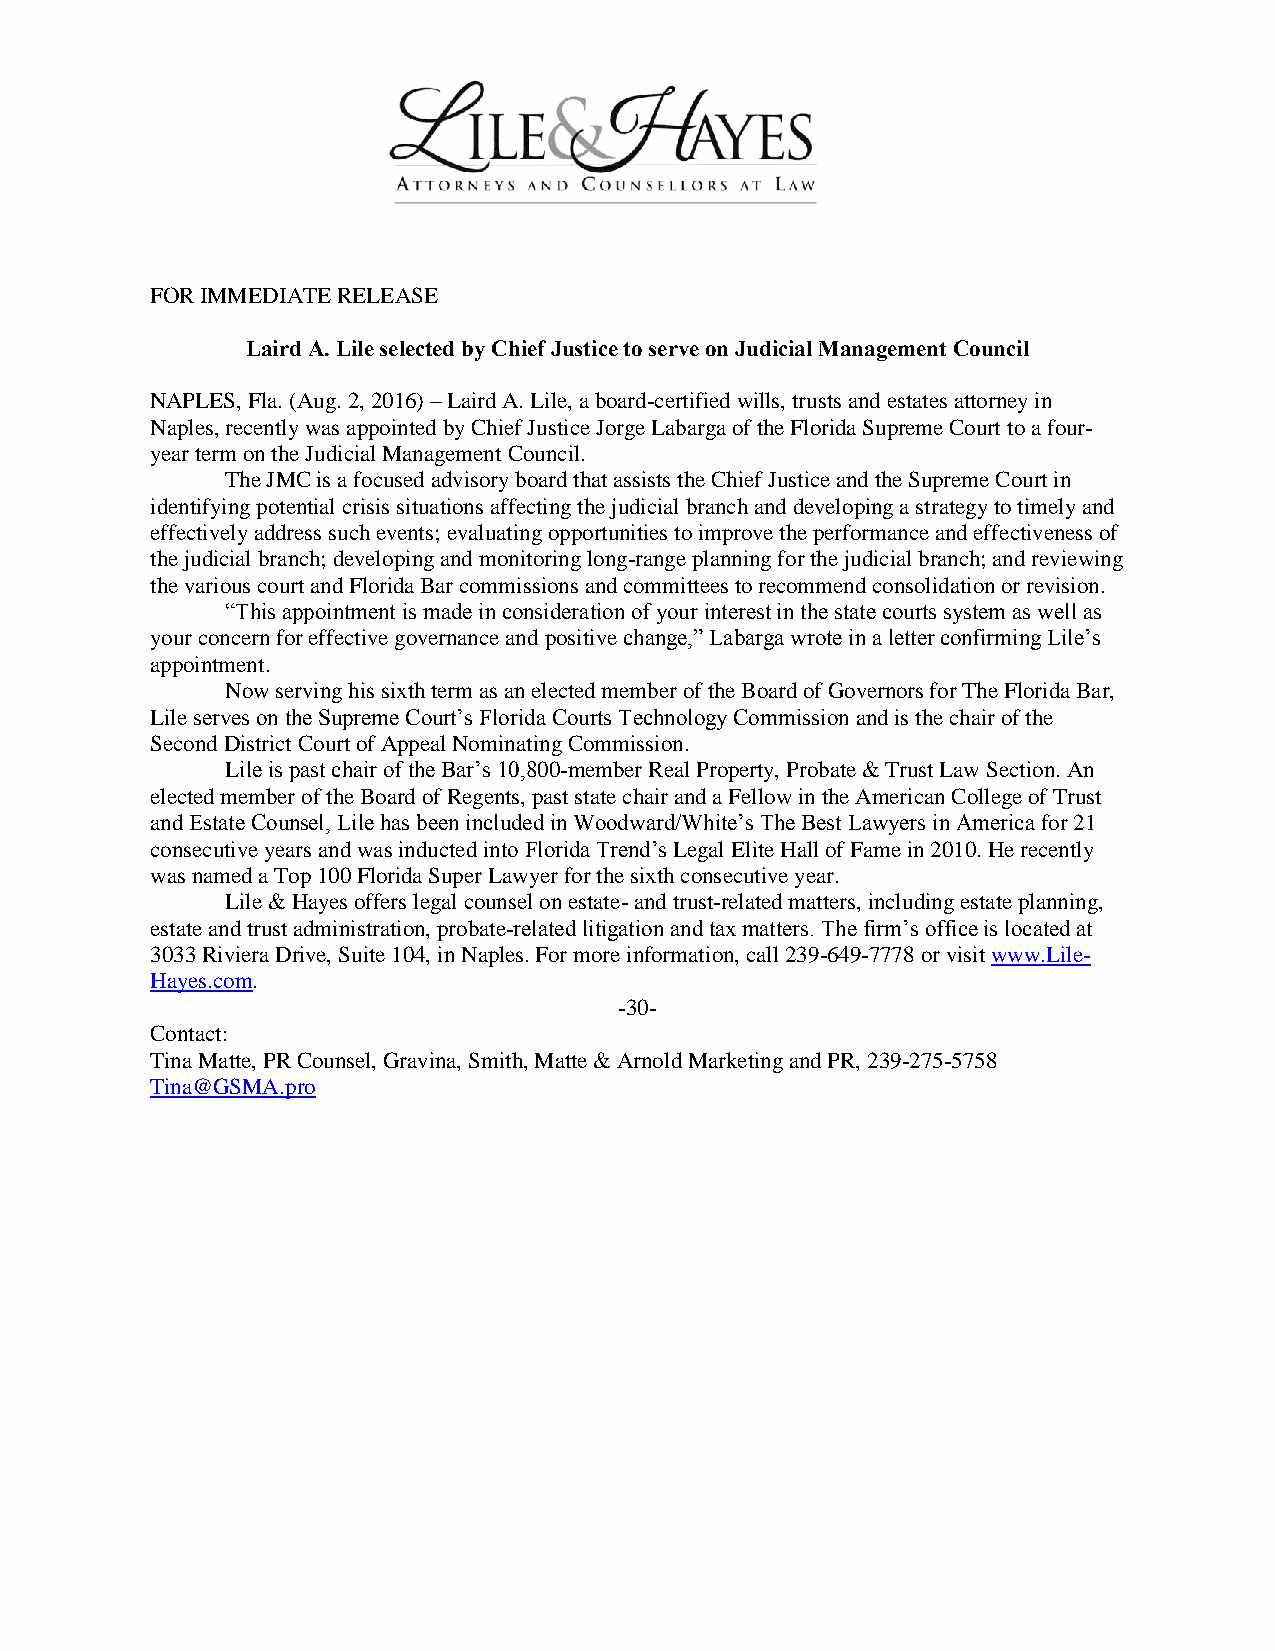
FOR IMMEDIATE RELEASE
 Laird A. Lile selected by Chief Justice to serve on Judicial Management Council
 NAPLES, Fla. (Aug. 2, 2016) – Laird A. Lile, a board-certified wills, trusts and estates attorney in
 Naples, recently was appointed by Chief Justice Jorge Labarga of the Florida Supreme Court to a four-
 year term on the Judicial Management Council.
 The JMC is a focused advisory board that assists the Chief Justice and the Supreme Court in
 identifying potential crisis situations affecting the judicial branch and developing a strategy to timely and
 effectively address such events; evaluating opportunities to improve the performance and effectiveness of
 the judicial branch; developing and monitoring long-range planning for the judicial branch; and reviewing
 the various court and Florida Bar commissions and committees to recommend consolidation or revision.
 “This appointment is made in consideration of your interest in the state courts system as well as
 your concern for effective governance and positive change,” Labarga wrote in a letter confirming Lile’s
 appointment.
 Now serving his sixth term as an elected member of the Board of Governors for The Florida Bar,
 Lile serves on the Supreme Court’s Florida Courts Technology Commission and is the chair of the
 Second District Court of Appeal Nominating Commission.
 Lile is past chair of the Bar’s 10,800-member Real Property, Probate & Trust Law Section. An
 elected member of the Board of Regents, past state chair and a Fellow in the American College of Trust
 and Estate Counsel, Lile has been included in Woodward/White’s The Best Lawyers in America for 21
 consecutive years and was inducted into Florida Trend’s Legal Elite Hall of Fame in 2010. He recently
 was named a Top 100 Florida Super Lawyer for the sixth consecutive year.
 Lile & Hayes offers legal counsel on estate- and trust-related matters, including estate planning,
 estate and trust administration, probate-related litigation and tax matters. The firm’s office is located at
 3033 Riviera Drive, Suite 104, in Naples. For more information, call 239-649-7778 or visit www.Lile-
 Hayes.com.
 -30-
 Contact:
 Tina Matte, PR Counsel, Gravina, Smith, Matte & Arnold Marketing and PR, 239-275-5758
 Tina@GSMA.pro